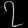
Digit: ၇